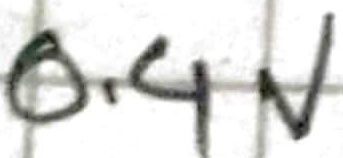
Text: 0.4V